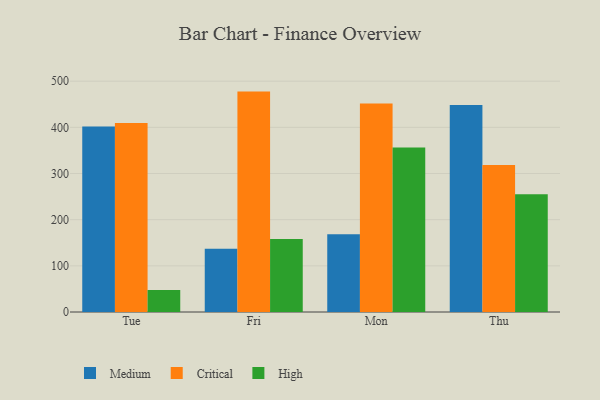
{"axis": {"x": "Day", "y": "Energy Usage (MWh)"}, "legend": ["Critical", "High", "Medium"], "data": [{"x": "Tue", "y": 402.0, "type": "Medium"}, {"x": "Tue", "y": 409.2, "type": "Critical"}, {"x": "Tue", "y": 47.6, "type": "High"}, {"x": "Fri", "y": 137.0, "type": "Medium"}, {"x": "Fri", "y": 477.4, "type": "Critical"}, {"x": "Fri", "y": 158.3, "type": "High"}, {"x": "Mon", "y": 168.3, "type": "Medium"}, {"x": "Mon", "y": 451.4, "type": "Critical"}, {"x": "Mon", "y": 356.2, "type": "High"}, {"x": "Thu", "y": 448.4, "type": "Medium"}, {"x": "Thu", "y": 318.5, "type": "Critical"}, {"x": "Thu", "y": 254.8, "type": "High"}]}